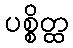
ပစ္စိတ္ထ